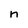
Character: n